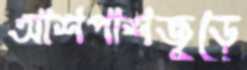
আশপাশজুড়ে